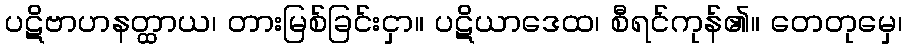
ပဋိဗာဟနတ္ထာယ၊ တားမြစ်ခြင်းငှာ။ ပဋိယာဒေထ၊ စီရင်ကုန်၏။ တေတုမှေ၊